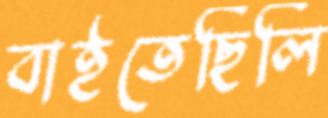
বাইতেছিলি